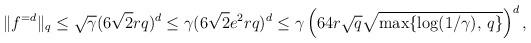
LaTeX: \begin{align*} \|f^{=d}\|_q \le \sqrt{\gamma}(6 \sqrt{2}rq)^d\le \gamma (6 \sqrt{2} e^2 r q)^{d} \le \gamma \left( 64 r \sqrt{q} \sqrt{\max \{ \log(1/\gamma), \, q \}} \right)^d, \end{align*}